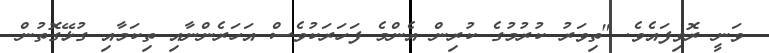
ވަނީ ރޮވިފައެވެ. "ތިވަރު ކުރުމުގެ ކުރިން އެންމެ ފަހަރަކުވެސް އަހަރެންނާއި ތިކަމާއި ގުޅޭގޮތުން